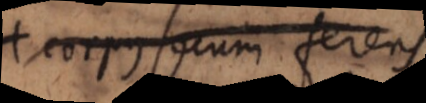
corpus secum ferens